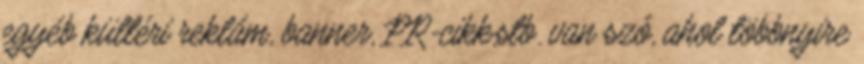
egyéb kültéri reklám, banner, PR-cikk,stb. van szó, ahol többnyire